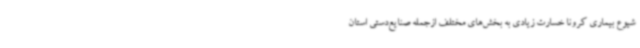
شیوع بیماری کرونا خسارت زیادی به بخش‌های مختلف ازجمله صنایع‌دستی استان